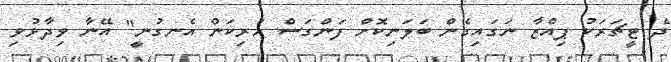
ދެ ޓީޗަރަކު ޕިއްޒާ ނަގައިގެން ބަލަނިކޮށް ފަންގަސް ހުރިކަން އެނގުނީ" އޭނާ ވިދާޅުވި